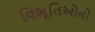
વિભૂતિઓનો